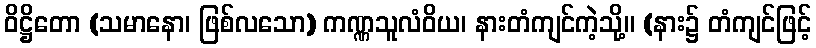
ဝိဋ္ဌိတော (သမာနော၊ ဖြစ်လသော) ကဏ္ဏသူလံဝိယ၊ နားတံကျင်ကဲ့သို့။ (နား၌ တံကျင်ဖြင့်